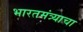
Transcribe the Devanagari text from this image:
भारतमंत्र्याचा